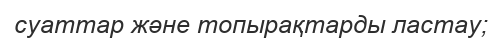
суаттар және топырақтарды ластау;